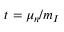
t = \mu _ { n } / m _ { I }